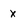
Character: x